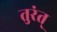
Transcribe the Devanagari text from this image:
तुरंत्